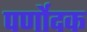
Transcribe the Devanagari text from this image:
पर्णोदक